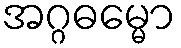
အဂ္ဂဓမ္မော